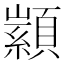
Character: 𮨙